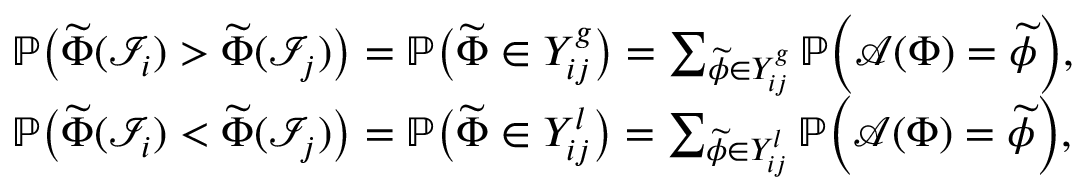
\begin{array} { r l } & { \mathbb { P } \big ( \widetilde { \Phi } ( \mathcal { I } _ { i } ) > \widetilde { \Phi } ( \mathcal { I } _ { j } ) \big ) = \mathbb { P } \big ( \widetilde { \Phi } \in Y _ { i j } ^ { g } \big ) = \sum _ { \widetilde { \phi } \in Y _ { i j } ^ { g } } \mathbb { P } \Big ( \mathcal { A } ( \Phi ) = \widetilde { \phi } \Big ) , } \\ & { \mathbb { P } \big ( \widetilde { \Phi } ( \mathcal { I } _ { i } ) < \widetilde { \Phi } ( \mathcal { I } _ { j } ) \big ) = \mathbb { P } \big ( \widetilde { \Phi } \in Y _ { i j } ^ { l } \big ) = \sum _ { \widetilde { \phi } \in Y _ { i j } ^ { l } } \mathbb { P } \Big ( \mathcal { A } ( \Phi ) = \widetilde { \phi } \Big ) , } \end{array}